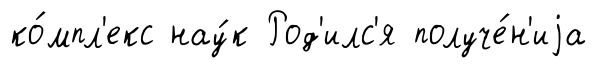
ко́мпл'екс нау́к Род'илс'я получе́н'иjа